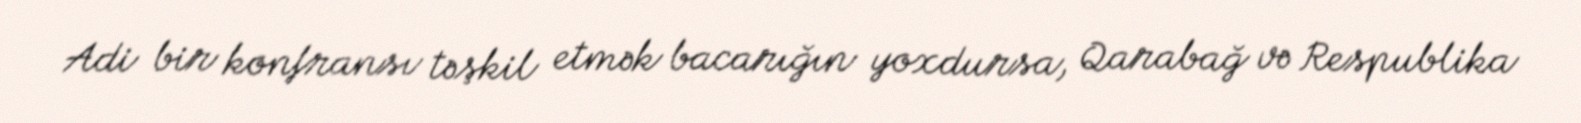
Adi bir konfransı təşkil etmək bacarığın yoxdursa, Qarabağ və Respublika